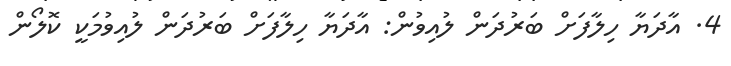
4. އާދަޔާ ހިލާފަށް ބަރުދަން ލުއިވުން: އާދަޔާ ހިލާފަށް ބަރުދަން ލުއިވުމަކީ ކޮލޯން